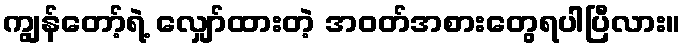
ကျွန်တော့်ရဲ့ လျှော်ထားတဲ့ အဝတ်အစားတွေရပါပြီလား။